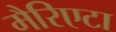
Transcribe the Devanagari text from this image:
मैरिएटा